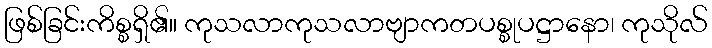
ဖြစ်ခြင်းကိစ္စရှိ၏။ ကုသလာကုသလာဗျာကတပစ္စုပဋ္ဌာနော၊ ကုသိုလ်